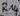
Text: R14